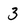
Character: 3